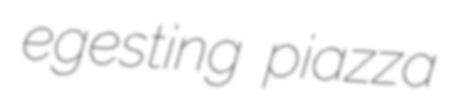
egesting piazza